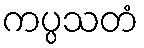
ကပ္ပသတံ